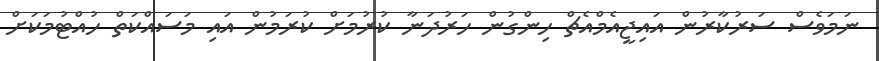
ނަމަވެސް ސަރުކާރުން އައިޖީއެމްއެޗް ހިންގުން ހަރުދަނާ ކުރުމަށް ކުރަމުން އައި މަސައްކަތް ހުއްޓުމަކަށް